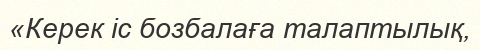
«Керек іс бозбалаға талаптылық,